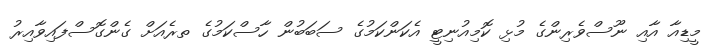
މީޑިއާ އާއި ނޫސްވެރިންގެ މުޅި ކޮމިއުނިޓީ އެކަންކަމުގެ ސަބަބުން ހާސްކަމުގެ ތރެއަށް ގެންގޮސްފައިވާއިރު